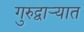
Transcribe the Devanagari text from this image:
गुरुद्वाऱ्यात